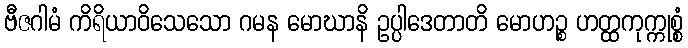
ဗီဇဂါမံ ကိရိယာဝိသေသော ဂမန မောဃာနိ ဥပ္ပါဒေတာတိ မောဟဉ္စ ဟတ္ထကုက္ကုစ္စံ